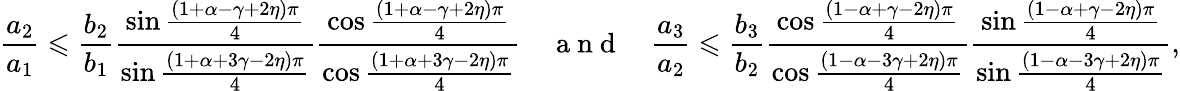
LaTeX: \frac{a_{2}}{a_{1}}\leqslant\frac{b_{2}}{b_{1}}\frac{\sin\frac{\left(1+\alpha-\gamma+2\eta\right)\pi}{4}}{\sin\frac{\left(1+\alpha+3\gamma-2\eta\right)\pi}{4}}\frac{\cos\frac{\left(1+\alpha-\gamma+2\eta\right)\pi}{4}}{\cos\frac{\left(1+\alpha+3\gamma-2\eta\right)\pi}{4}}\quad\mathrm{~a~n~d~}\quad\frac{a_{3}}{a_{2}}\leqslant\frac{b_{3}}{b_{2}}\frac{\cos\frac{\left(1-\alpha+\gamma-2\eta\right)\pi}{4}}{\cos\frac{\left(1-\alpha-3\gamma+2\eta\right)\pi}{4}}\frac{\sin\frac{\left(1-\alpha+\gamma-2\eta\right)\pi}{4}}{\sin\frac{\left(1-\alpha-3\gamma+2\eta\right)\pi}{4}},